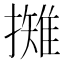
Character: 𢶾